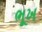
ભૂખ